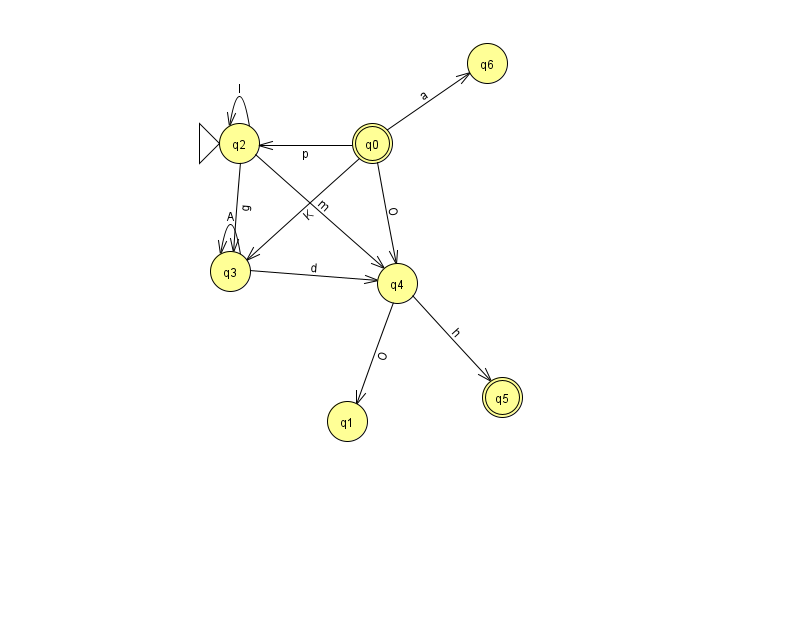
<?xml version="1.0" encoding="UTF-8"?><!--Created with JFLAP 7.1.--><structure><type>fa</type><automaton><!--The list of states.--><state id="0" name="q0"><x>372.0</x><y>130.0</y><final/></state><state id="1" name="q1"><x>347.0</x><y>408.0</y></state><state id="2" name="q2"><x>239.0</x><y>130.0</y><initial/></state><state id="3" name="q3"><x>230.0</x><y>258.0</y></state><state id="4" name="q4"><x>397.0</x><y>270.0</y></state><state id="5" name="q5"><x>502.0</x><y>384.0</y><final/></state><state id="6" name="q6"><x>487.0</x><y>50.0</y></state><!--The list of transitions.--><transition><from>0</from><to>3</to><read>K</read></transition><transition><from>4</from><to>5</to><read>h</read></transition><transition><from>2</from><to>4</to><read>m</read></transition><transition><from>3</from><to>3</to><read>A</read></transition><transition><from>0</from><to>4</to><read>O</read></transition><transition><from>0</from><to>6</to><read>a</read></transition><transition><from>3</from><to>4</to><read>d</read></transition><transition><from>4</from><to>1</to><read>O</read></transition><transition><from>0</from><to>2</to><read>p</read></transition><transition><from>2</from><to>3</to><read>g</read></transition><transition><from>2</from><to>2</to><read>l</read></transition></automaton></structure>